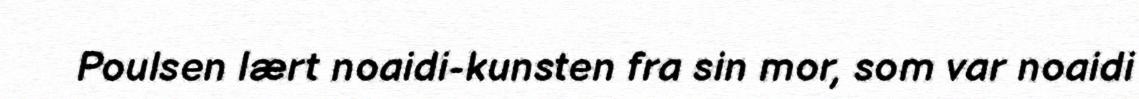
Poulsen lært noaidi-kunsten fra sin mor, som var noaidi